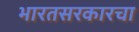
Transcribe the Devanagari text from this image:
भारतसरकारचा